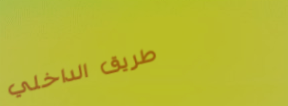
طريق الداخلي